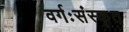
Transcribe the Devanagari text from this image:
वर्गःसंस्कृत